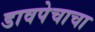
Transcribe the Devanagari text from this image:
डावपेचाचा